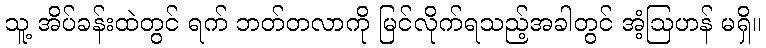
သူ့ အိပ်ခန်းထဲတွင် ရက် ဘတ်တလာကို မြင်လိုက်ရသည့်အခါတွင် အံ့ဩဟန် မရှိ။